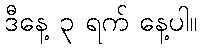
ဒီနေ့ ၃ ရက် နေ့ပါ။